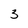
Character: 3